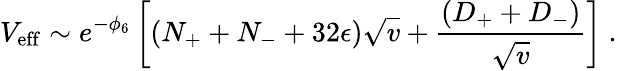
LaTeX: V_{\mathrm{eff}}\sim e^{-\phi_{6}}\left[(N_{+}+N_{-}+32\epsilon)\sqrt{v}+\frac{(D_{+}+D_{-})}{\sqrt{v}}\right]\ .